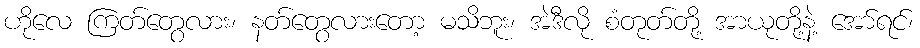
ဟိုလေ ကြတ်တွေလား၊ နတ်တွေလားတော့ မသိဘူး၊ အဲဒီလို စံတုတ်တို့ အာယုတို့နဲ့ အော်ရင်၊